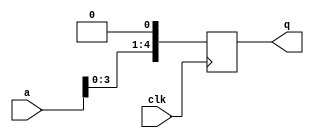
module shift_register(
  input [4:0] a,
  input clk,
  output reg[4:0] q);
  
  always @ (posedge clk) begin
    q=a<<1;
  end
endmodule